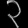
Digit: ၃